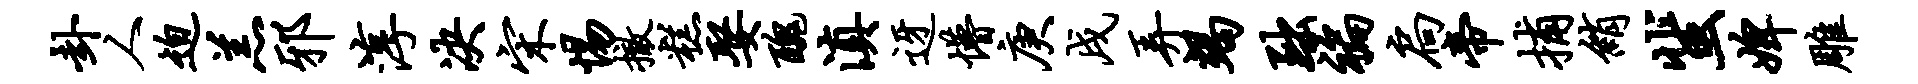
卦人迫羔邪淳决宋惕撤糕娶丑滇迓懵庚戌弄竭黜褊扃帝捕绡蜚婢雕